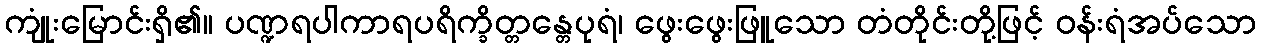
ကျုံးမြောင်းရှိ၏။ ပဏ္ဍရပါကာရပရိက္ခိတ္တန္တေပုရံ၊ ဖွေးဖွေးဖြူသော တံတိုင်းတို့ဖြင့် ဝန်းရံအပ်သော